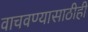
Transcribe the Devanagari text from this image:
वाचवण्यासाठीही